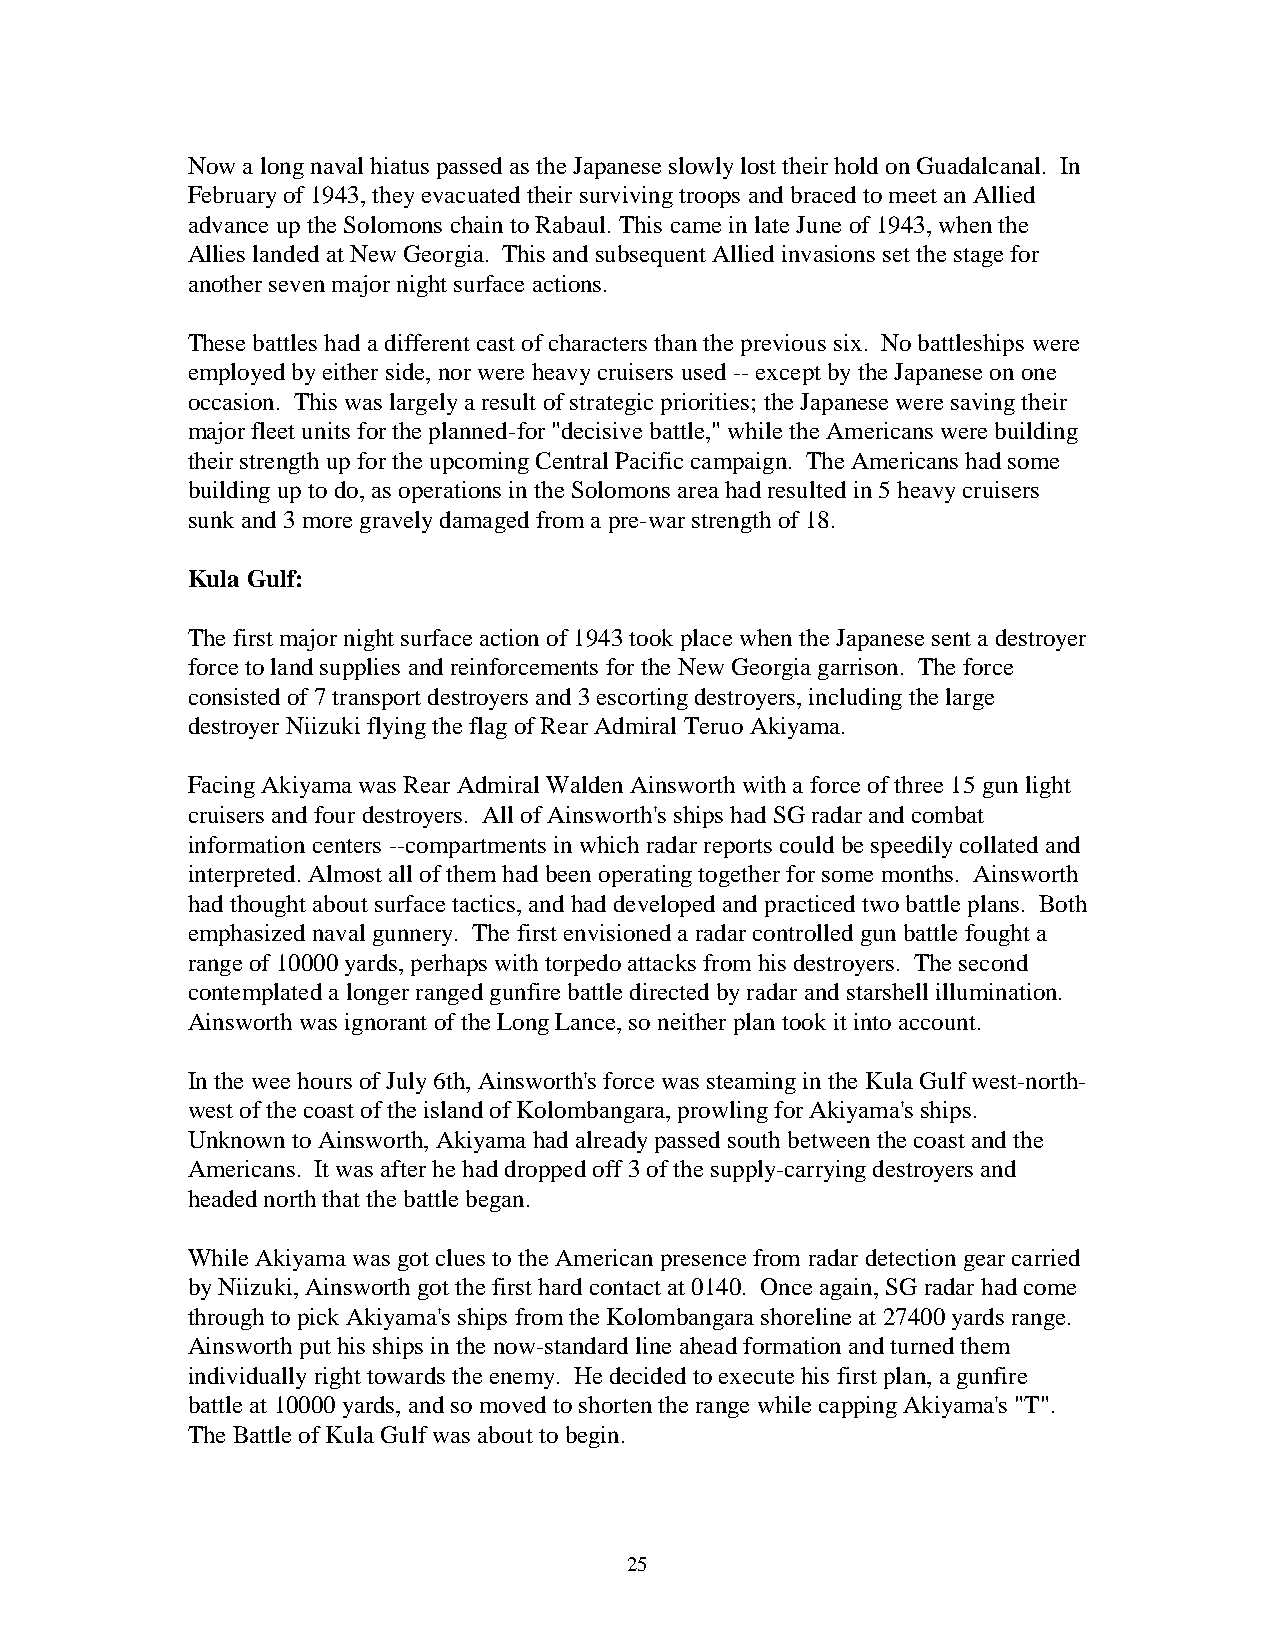
Now a long naval hiatus passed as the Japanese slowly lost their hold on Guadalcanal. In
 February of 1943, they evacuated their surviving troops and braced to meet an Allied
 advance up the Solomons chain to Rabaul. This came in late June of 1943, when the
 Allies landed at New Georgia. This and subsequent Allied invasions set the stage for
 another seven major night surface actions.
 These battles had a different cast of characters than the previous six. No battleships were
 employed by either side, nor were heavy cruisers used -- except by the Japanese on one
 occasion. This was largely a result of strategic priorities; the Japanese were saving their
 major fleet units for the planned-for "decisive battle," while the Americans were building
 their strength up for the upcoming Central Pacific campaign. The Americans had some
 building up to do, as operations in the Solomons area had resulted in 5 heavy cruisers
 sunk and 3 more gravely damaged from a pre-war strength of 18.
 Kula Gulf:
 The first major night surface action of 1943 took place when the Japanese sent a destroyer
 force to land supplies and reinforcements for the New Georgia garrison. The force
 consisted of 7 transport destroyers and 3 escorting destroyers, including the large
 destroyer Niizuki flying the flag of Rear Admiral Teruo Akiyama.
 Facing Akiyama was Rear Admiral Walden Ainsworth with a force of three 15 gun light
 cruisers and four destroyers. All of Ainsworth's ships had SG radar and combat
 information centers --compartments in which radar reports could be speedily collated and
 interpreted. Almost all of them had been operating together for some months. Ainsworth
 had thought about surface tactics, and had developed and practiced two battle plans. Both
 emphasized naval gunnery. The first envisioned a radar controlled gun battle fought a
 range of 10000 yards, perhaps with torpedo attacks from his destroyers. The second
 contemplated a longer ranged gunfire battle directed by radar and starshell illumination.
 Ainsworth was ignorant of the Long Lance, so neither plan took it into account.
 In the wee hours of July 6th, Ainsworth's force was steaming in the Kula Gulf west-north-
 west of the coast of the island of Kolombangara, prowling for Akiyama's ships.
 Unknown to Ainsworth, Akiyama had already passed south between the coast and the
 Americans. It was after he had dropped off 3 of the supply-carrying destroyers and
 headed north that the battle began.
 While Akiyama was got clues to the American presence from radar detection gear carried
 by Niizuki, Ainsworth got the first hard contact at 0140. Once again, SG radar had come
 through to pick Akiyama's ships from the Kolombangara shoreline at 27400 yards range.
 Ainsworth put his ships in the now-standard line ahead formation and turned them
 individually right towards the enemy. He decided to execute his first plan, a gunfire
 battle at 10000 yards, and so moved to shorten the range while capping Akiyama's "T".
 The Battle of Kula Gulf was about to begin.
 25